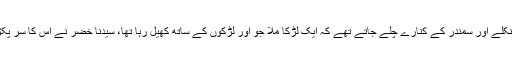
پھر دونوں کشتی سے باہر نکلے اور سمندر کے کنارے چلے جاتے تھے کہ ایک لڑکا ملا جو اور لڑکوں کے ساتھ کھیل رہا تھا، سیدنا خضرؑ نے اس کا سر پکڑ کر اکھیڑ لیا اور مار ڈالا۔